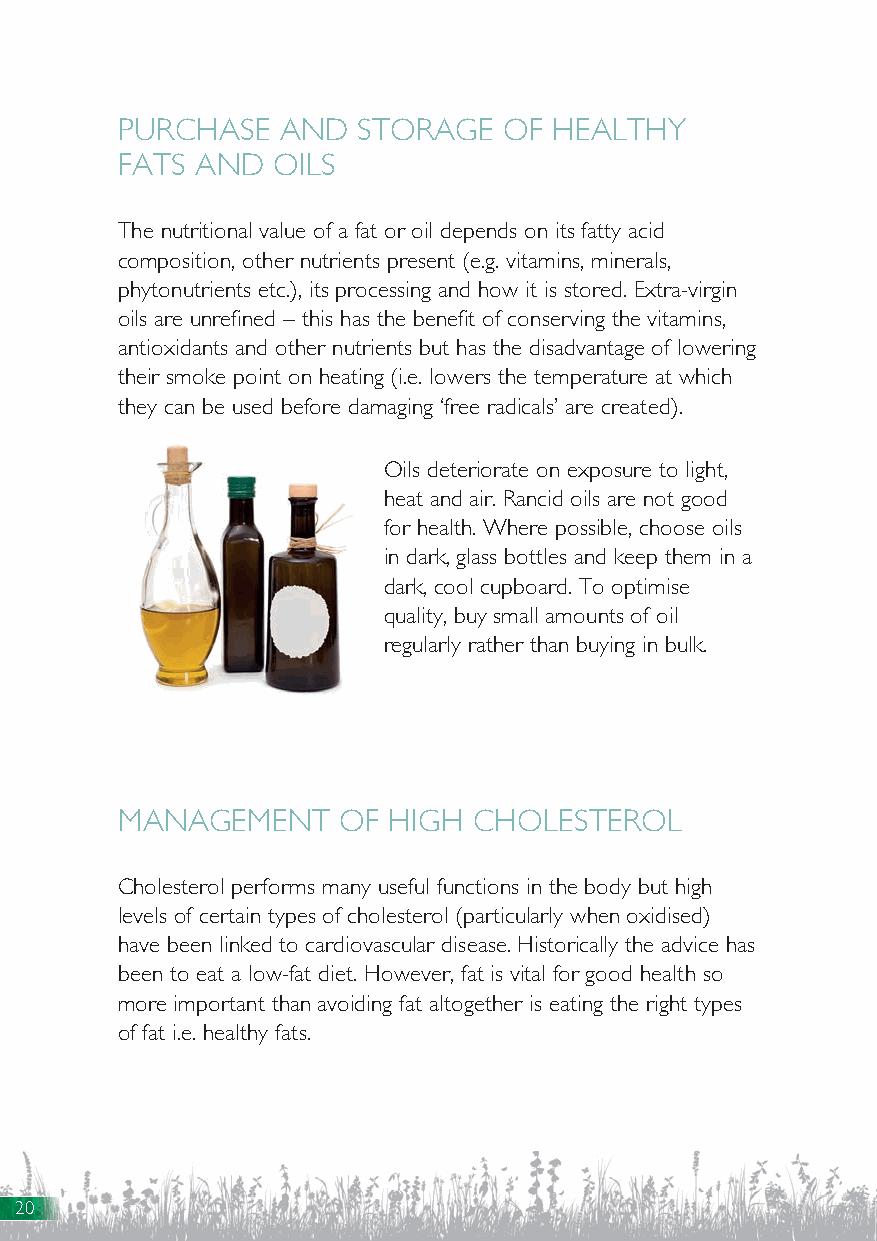
PURCHASE   AND  STORAGE  OF  HEALTHY
 FATS AND  OILS
 The nutritional value of a fat or oil depends on its fatty acid
 composition, other nutrients present (e.g. vitamins, minerals,
 phytonutrients etc.), its processing and how it is stored. Extra-virgin
 oils are unrefined – this has the benefit of conserving the vitamins,
 antioxidants and other nutrients but has the disadvantage of lowering
 their smoke point on heating (i.e. lowers the temperature at which
 they can be used before damaging ‘free radicals’ are created).
 Oils deteriorate on exposure to light,
 heat and air. Rancid oils are not good
 for health. Where possible, choose oils
 in dark, glass bottles and keep them in a
 dark, cool cupboard. To optimise
 quality, buy small amounts of oil
 regularly rather than buying in bulk.
 MANAGEMENT     OF HIGH CHOLESTEROL
 Cholesterol performs many useful functions in the body but high
 levels of certain types of cholesterol (particularly when oxidised)
 have been linked to cardiovascular disease. Historically the advice has
 been to eat a low-fat diet. However, fat is vital for good health so
 more important than avoiding fat altogether is eating the right types
 of fat i.e. healthy fats.
 20